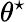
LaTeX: \theta^{\star}